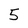
Character: 5